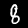
Label: 8